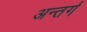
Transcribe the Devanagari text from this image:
अन्तर्ग